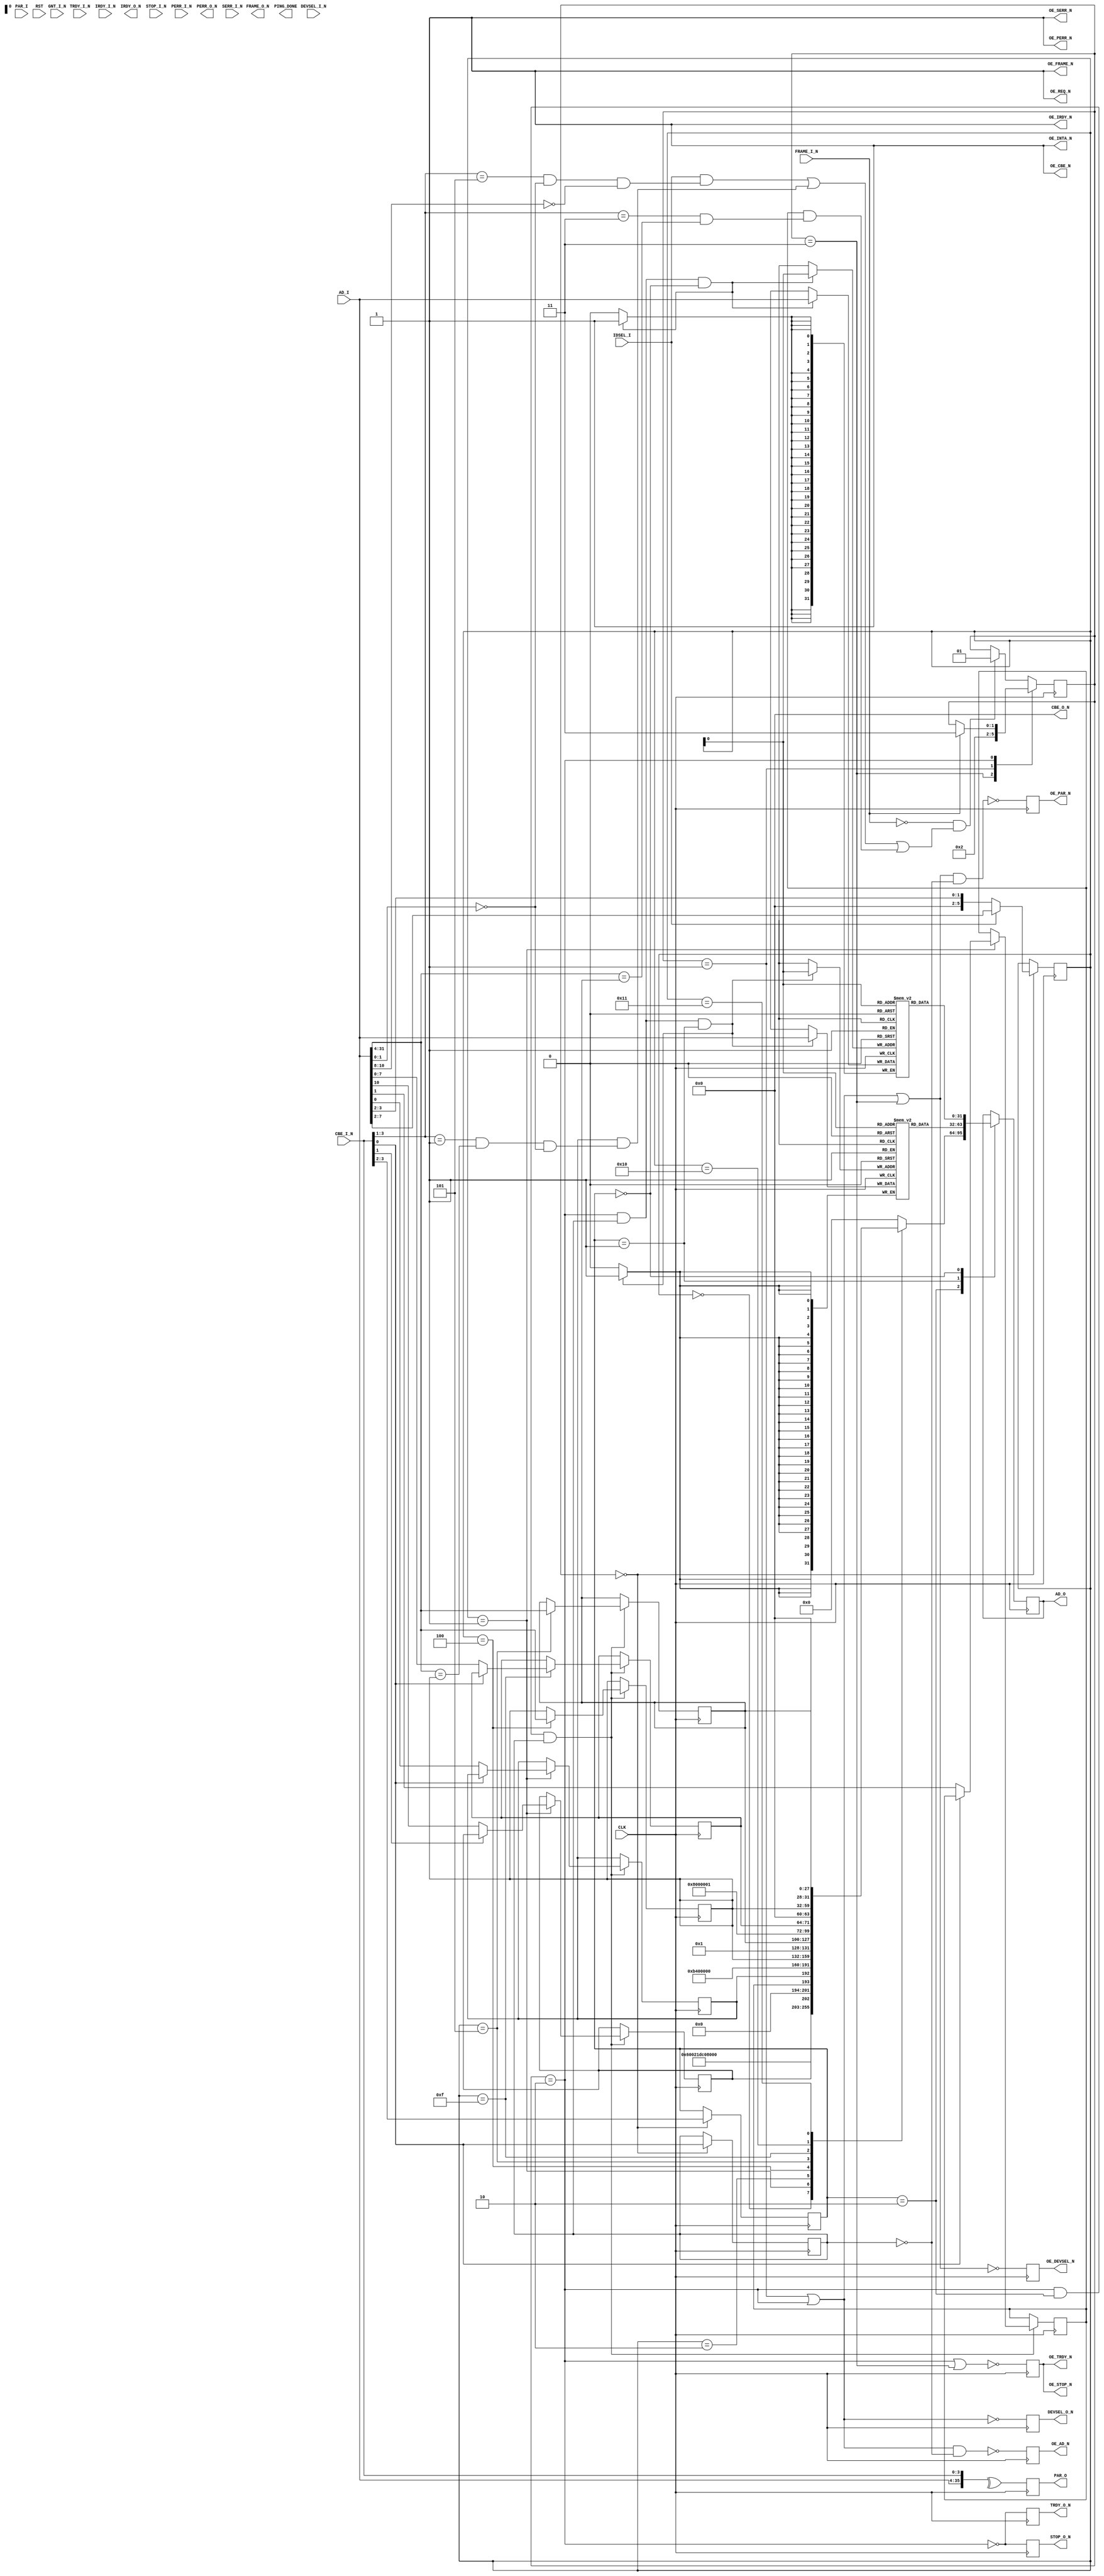
`timescale 1ns / 1ps
//////////////////////////////////////////////////////////////////////////////////
// Company: 
// Engineer: 
// 
// Design Name: 
// Module Name:    pci 
// Project Name: 
// Target Devices: 
// Tool versions: 
// Description: 
//
// Dependencies: 
//
// Revision: 
// Revision 0.01 - File Created
// Additional Comments: 
//
//////////////////////////////////////////////////////////////////////////////////
module PCI(
    input [31:0] AD_I,
    output reg [31:0] AD_O,
    output reg OE_AD_N,
    input [3:0] CBE_I_N,
    output [3:0] CBE_O_N,
    output OE_CBE_N,
    input PAR_I,
    output reg PAR_O,
    output reg OE_PAR_N,
    input FRAME_I_N,
    output FRAME_O_N,
    output OE_FRAME_N,
    input TRDY_I_N,
    output reg TRDY_O_N,
    output reg OE_TRDY_N,
    input IRDY_I_N,
    output IRDY_O_N,
    output OE_IRDY_N,
    input STOP_I_N,
    output reg STOP_O_N,
    output reg OE_STOP_N,
    input DEVSEL_I_N,
    output reg DEVSEL_O_N,
    output reg OE_DEVSEL_N,
    input IDSEL_I,
    input PERR_I_N,
    output PERR_O_N,     
    output OE_PERR_N,
    input SERR_I_N,
    output OE_SERR_N,
    output OE_REQ_N,     
    input GNT_I_N,
    input CLK,
    output OE_INTA_N,
    output reg PING_DONE,
    input RST
    );

parameter BAR1_WINDOW_BITS = 4;
parameter BAR2_WINDOW_BITS = 4;
parameter IO_BITS = (BAR1_WINDOW_BITS-2);
parameter MEM_BITS =(BAR2_WINDOW_BITS-2);

// Device ID and Vendor ID
parameter [15:0] CFG_DEVICE = 16'h0300;
// Device ID and Vendor ID
parameter [15:0] CFG_VENDOR = 16'h10ee;
// Class Code
parameter [15:0] CFG_CC = 16'h0b40;
// Revision ID
parameter [15:0] CFG_REVISION = 16'h0000;

reg [31:0] io[0:(IO_BITS-1)];
reg [31:0] mem[0:(MEM_BITS-1)];
reg [31:BAR1_WINDOW_BITS] Bar1Addr;// we respond to an "IO write" at this address
reg [31:BAR2_WINDOW_BITS] Bar2Addr;// we respond to an "MEM write" at this address

reg [1:0] Transaction;
parameter TX_IDLE = 2'b00;
parameter TX_DEVSEL = 2'b01;
parameter TX_TRDY = 2'b10;
parameter TX_STOP = 2'b11;

reg [5:0] CurrentAddr;

reg PCICommandIOSpaceBit0; // PCI Command register
reg PCICommandMEMSpaceBit1; // PCI Command register
reg PCICommandIntrDisableBit10; // PCI Command register
reg PCIIntrStatusBit3; // PCI Status

wire [15:0]PCIStatus = {
    /*Detected Parity Error*/1'b0,
    /*Signaled system Error*/1'b0,
    /*Received Master Abort*/1'b0,
    /*Received Target Abort*/1'b0,
    /*Signaled Target Abort*/1'b0,
    /*DEVSEL timing=SLOW*/2'b10,
    /*Master Data Parity Error*/1'b0,
    /*Fast Back-to-Back Capable*/1'b0,
    /*reserved*/1'b0,
    /*66MHZ*/1'b0,
    /*CapabilitiesList*/1'b0,
    PCIIntrStatusBit3,
    /*Reserved*/1'b0,
    /*Reserved*/1'b0,
    /*Reserved*/1'b0
};

wire [15:0]PCICommand = {
    /*Reserved*/ 1'b0,
    /*Reserved*/ 1'b0,
    /*Reserved*/ 1'b0,
    /*Reserved*/ 1'b0,
    /*Reserved*/ 1'b0,
    PCICommandIntrDisableBit10,
    /*Fast Back-to-Back Enable*/ 1'b0,
    /*SERR# Enable*/ 1'b0,
    /*Reserved*/ 1'b0,
    /*Parity Error Response*/ 1'b0,
    /*VGA Palette Snoop*/ 1'b0,
    /*Memory Write and Invalidate Enable*/ 1'b0,
    /*Special Cycles*/ 1'b0,
    /*Bus Master*/ 1'b0,
    PCICommandMEMSpaceBit1,
    PCICommandIOSpaceBit0
};


wire [7:0] PCIMaxLat = 8'b0;
wire [7:0] PCIMinGnt = 8'b0;
wire [7:0] PCIInterruptPin = 8'b00000001; // 1=#INTA, 0 = Disabled
reg [7:0] PCIInterruptLine;

assign OE_REQ_N = 1'b1;
assign CBE_O_N = 4'b0;
assign OE_CBE_N = 1'b1;     
assign OE_FRAME_N = 1'b1;
assign OE_IRDY_N = 1'b1;
assign OE_PERR_N = 1'b1;
assign OE_SERR_N = 1'b1;
assign OE_REQ_N = 1'b1;     
assign OE_INTA_N = 1'b1;


integer k;
initial
begin 
    Bar1Addr[31:BAR1_WINDOW_BITS] <= 32'b0;
    Bar2Addr[31:BAR2_WINDOW_BITS] <= 32'b0;
    Transaction <= TX_IDLE;
    
    for (k = 0; k < IO_BITS; k = k + 1)
    begin
        io[k] <= 32'b0;
    end
    for (k = 0; k < MEM_BITS; k = k + 1)
    begin
        mem[k] <= 32'b0;
    end    

    PCICommandIOSpaceBit0 <= 1'b0;
    PCICommandMEMSpaceBit1 <= 1'b0;
    PCICommandIntrDisableBit10 <= 1'b0;
    PCIIntrStatusBit3 <= 1'b0;
    PCIInterruptLine <= 8'b0;
                
    OE_AD_N <= 1'b1;
    OE_TRDY_N <= 1'b1;
    OE_STOP_N <= 1'b1;
    OE_DEVSEL_N <= 1'b1;
    OE_PAR_N <= 1'b1;    
end


reg IsWrite;
wire BAR1Matches = (CBE_I_N[3:1] == 3'b001) & (AD_I[31:BAR1_WINDOW_BITS]==Bar1Addr[31:BAR1_WINDOW_BITS]) & (AD_I[1:0] == 2'b00);
wire BAR2Matches = (CBE_I_N[3:1] == 3'b011) & (AD_I[31:BAR2_WINDOW_BITS]==Bar2Addr[31:BAR2_WINDOW_BITS]);
wire CFGMatches = (CBE_I_N[3:1] == 3'b101) & (AD_I[1:0] == 2'b00) & (AD_I[10:8] == 3'b000);

reg [1:0] AccessType; // local
parameter ACCESS_IO = 2'b00;
parameter ACCESS_MEM = 2'b01;
parameter ACCESS_CONFIG = 2'b10;

always @(posedge CLK)
begin
   case(Transaction)   
       TX_STOP: begin
           Transaction <= TX_IDLE;
       end
       TX_DEVSEL: begin
           Transaction <= TX_TRDY;
       end
       TX_TRDY: begin
           if (FRAME_I_N)
               Transaction <= TX_STOP;
       end
       default: // TX_IDLE
       begin
           if (~FRAME_I_N & ((IDSEL_I & CFGMatches) | (PCICommandIOSpaceBit0 & BAR1Matches) | (PCICommandMEMSpaceBit1 & BAR2Matches)))
               Transaction <= TX_DEVSEL;
       end
   endcase
end

always @(posedge CLK)
begin
    if (Transaction == TX_IDLE) begin
        IsWrite <= CBE_I_N[0];
        AccessType <= {CBE_I_N[3], CBE_I_N[2]};
        CurrentAddr <= (IDSEL_I ? AD_I[7:2] :
                           (CBE_I_N[2] ? {32'b0, AD_I[BAR2_WINDOW_BITS-1:2]} :
                               {32'b0, AD_I[BAR1_WINDOW_BITS-1:2]}));        
    end
    
    DEVSEL_O_N <= ~(Transaction == TX_DEVSEL | Transaction == TX_TRDY);
    OE_DEVSEL_N <= ~(Transaction == TX_DEVSEL | Transaction == TX_TRDY | Transaction == TX_STOP);
    TRDY_O_N <= ~(Transaction == TX_TRDY);
    OE_TRDY_N <= ~(Transaction == TX_TRDY | Transaction == TX_STOP);
    STOP_O_N <= ~(Transaction == TX_TRDY);
    OE_STOP_N <= ~(Transaction == TX_TRDY | Transaction == TX_STOP);
    OE_AD_N <= ~((Transaction == TX_DEVSEL | Transaction == TX_TRDY) & ~IsWrite);
    OE_PAR_N <= ~((Transaction == TX_DEVSEL | Transaction == TX_TRDY | Transaction == TX_STOP) & ~IsWrite);
    
    // Output parity with 1 clock shift
    PAR_O <= ^{AD_I, CBE_I_N};
end


// Transfer handling
always @(posedge CLK)
begin
    if (Transaction == TX_TRDY & AccessType == ACCESS_CONFIG & IsWrite)
    case (CurrentAddr)
        1: begin
            if (~CBE_I_N[0]) begin
                PCICommandIOSpaceBit0  <= AD_I[0];
                PCICommandMEMSpaceBit1 <= AD_I[1];
            end
            if (~CBE_I_N[1])
                PCICommandIntrDisableBit10 <= AD_I[10];
        end
        4: begin
            Bar1Addr[31:BAR1_WINDOW_BITS] <= AD_I[31:BAR1_WINDOW_BITS];
        end
        5: begin
            Bar2Addr[31:BAR2_WINDOW_BITS] <= AD_I[31:BAR2_WINDOW_BITS];
        end
        15: begin
            if (~CBE_I_N[0])
                PCIInterruptLine <= AD_I[7:0];
        end
    endcase
end

always @(posedge CLK)
begin
   case (AccessType)
       ACCESS_CONFIG: begin
           case(CurrentAddr)
               0: AD_O <= {CFG_DEVICE, CFG_VENDOR};
               1: AD_O <= {PCIStatus, PCICommand};
               2: AD_O <= {CFG_CC, CFG_REVISION};
               4: AD_O <= {Bar1Addr[31:BAR1_WINDOW_BITS], {(BAR1_WINDOW_BITS-1){1'b0}}, /* IO space */1'b1};
               5: AD_O <= {Bar2Addr[31:BAR2_WINDOW_BITS], {(BAR2_WINDOW_BITS-4){1'b0}}, /* MEM space, Prefetch=true,location=32bit */4'b1000};
               15: AD_O <= {PCIMaxLat, PCIMinGnt, PCIInterruptPin, PCIInterruptLine};
               16: AD_O <= {32'b0, Bar1Addr};
               17: AD_O <= {32'b0, Bar2Addr};
               default: AD_O <= 32'b0;
           endcase
       end
       ACCESS_MEM : begin
           AD_O <= mem[CurrentAddr];
       end
       ACCESS_IO : begin
           AD_O <= io[CurrentAddr];           
       end
   endcase
end



always @(posedge CLK)
begin
    if (Transaction == TX_TRDY & IsWrite & AccessType == ACCESS_MEM)
        mem[CurrentAddr] <= AD_I;
end

always @(posedge CLK)
begin
    if (Transaction == TX_TRDY & IsWrite & AccessType == ACCESS_IO)
        io[CurrentAddr] <= AD_I;
end


endmodule

//assign    PCI_CE    = I2 | (!(I3 | TRDY)) | (!(I1 | IRDY));
//PCILOGIC PCILOGIC (
//                .IRDY(IRDY_IN),
//                .TRDY(TRDY_IN),
//                .I1(1'b0),
//                .I2(1'b0),
//                .I3(1'b1),
//                .PCI_CE(PCI_CE)
//                );